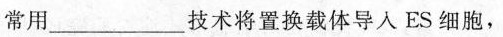
常用___技术将置换载体导入ES细胞，